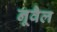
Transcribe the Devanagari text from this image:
नूवैल